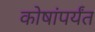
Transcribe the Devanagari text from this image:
कोषांपर्यंत